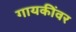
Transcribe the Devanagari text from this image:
गायकींवर